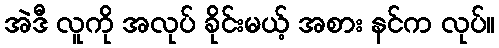
အဲဒီ လူကို အလုပ် ခိုင်းမယ့် အစား နင်က လုပ်။